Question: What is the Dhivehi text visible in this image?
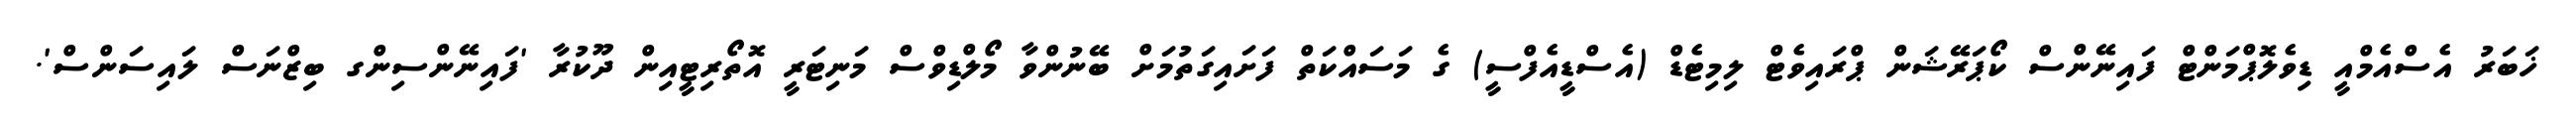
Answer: ޚަބަރު އެސްއެމްއީ ޑިވެލޮޕްމަންޓް ފައިނޭންސް ކޯޕަރޭޝަން ޕްރައިވެޓް ލިމިޓެޑް (އެސްޑީއެފްސީ) ގެ މަސައްކަތް ފަށައިގަތުމަށް ބޭނުންވާ މޯލްޑިވްސް މަނިޓަރީ އޮތޯރިޓީއިން ދޫކުރާ 'ފައިނޭންސިންގ ބިޒްނަސް ލައިސަންސް'.